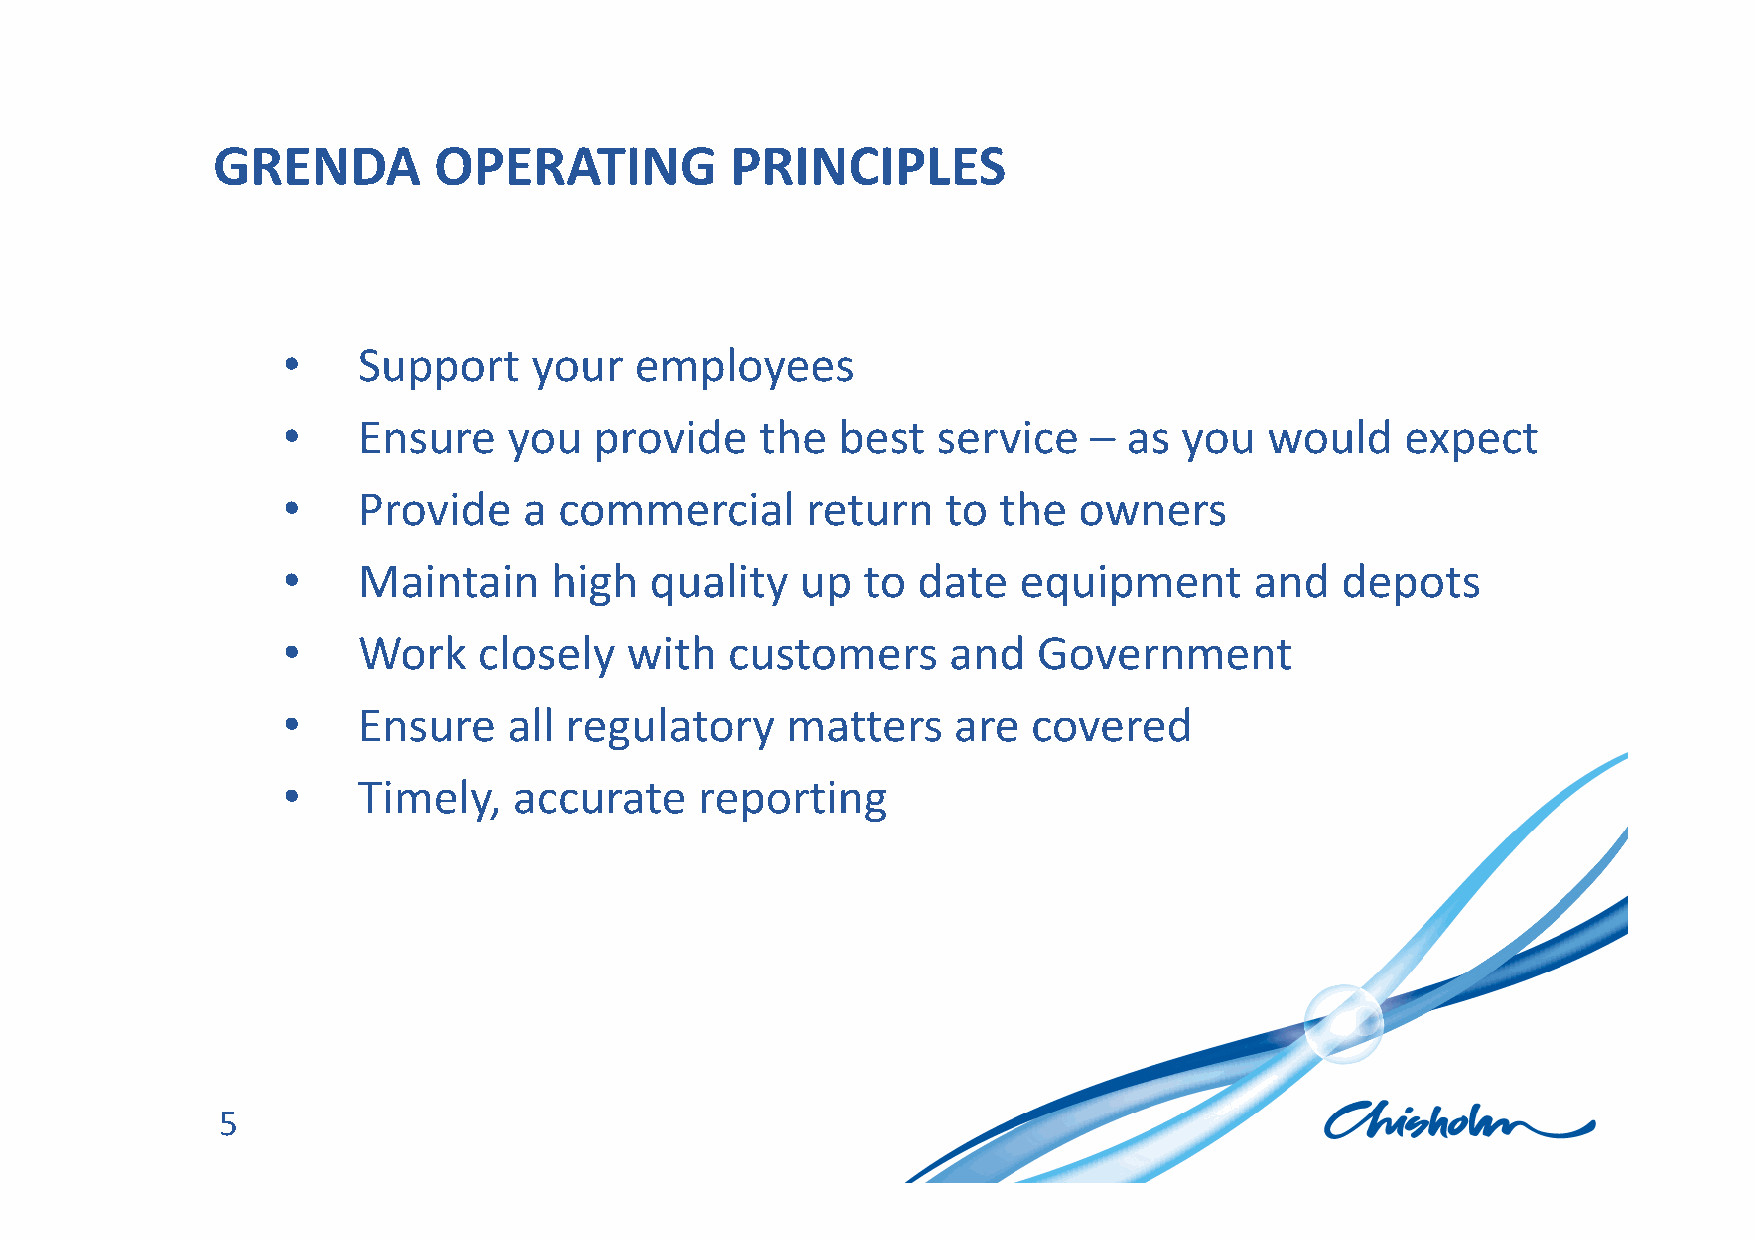
CLICK        TO    EDIT       MASTER            TITLE       STYLE
 GRENDA         OPERATING          PRINCIPLES
 Cli•ck    tSoup epodritt y Moura esmteprlo tyeeexst styles
 •    Ensure    you  provide    the  best   service   –  as you   would    expect
 •  Second       level
 •    Provide    a commercial      return    to the  owners
 −  Third   level
 •    Maintain    high   quality   up  to  date  equipment       and   depots
 •    Work    closely  with   customers      and   Government
 •    Ensure    all regulatory    matters    are  covered
 •    Timely,   accurate    reporting
 5